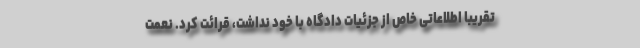
تقریبا اطلاعاتی خاص از جزئیات دادگاه با خود نداشت، قرائت کرد. نعمت